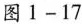
图1-17